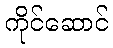
ကိုင်ဆောင်